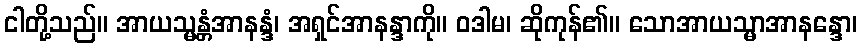
ငါတို့သည်။ အာယသ္မန္တံအာနန္ဒံ၊ အရှင်အာနန္ဒာကို။ ဝဒါမ၊ ဆိုကုန်၏။ သောအာယသ္မာအာနန္ဒော၊